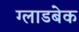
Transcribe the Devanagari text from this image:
ग्लाडबेक